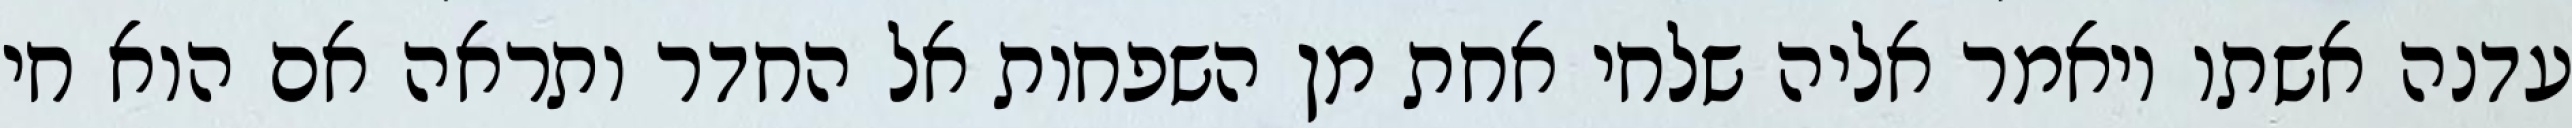
עדנה אשתו ויאמר אליה שלחי אחת מן השפחות אל החדר ותראה אם הוא חי